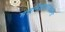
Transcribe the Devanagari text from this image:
मत्तनिशाचरकंदना